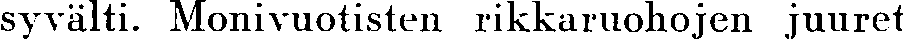
syvälti. Monivuotisten rikkaruohojen juuret